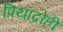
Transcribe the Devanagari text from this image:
प्रियाद्रोही